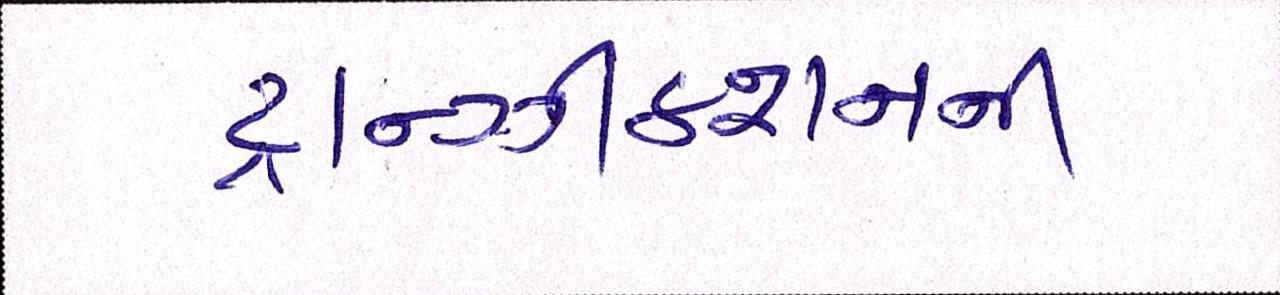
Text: ટ્રાન્ઝીકશનની